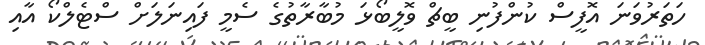
ހަތަރުވަނަ އޮފީސް ކުންފުނި ބީޗް ވޮލީބޯޅަ މުބާރާތުގެ ސެމީ ފައިނަލަށް ސްޓެލްކޯ އާއި